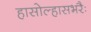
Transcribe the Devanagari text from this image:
हासोल्हासभरैः